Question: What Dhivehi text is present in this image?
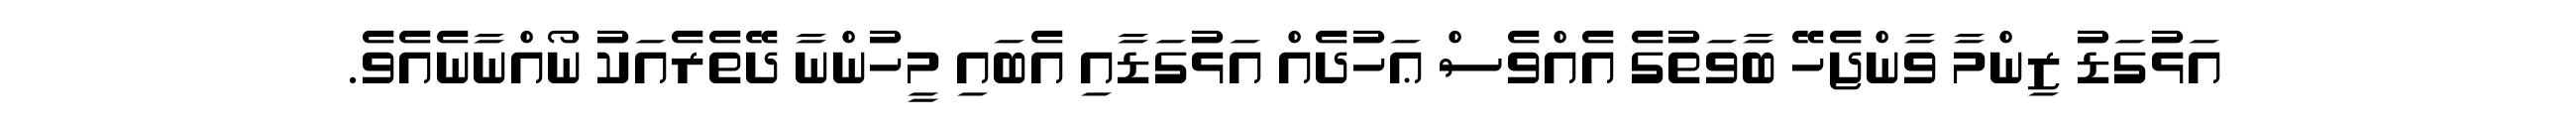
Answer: އަޅުގަޑު ޒިންމާ ވާންޖެހޭ ބާވަތުގެ އެއްވެސް ޢަހުދެއް އަޅުގަޑާއި އެބައި މީހުންނާ ދޭތެރެއަކު ނޯއްނާނެއެވެ.